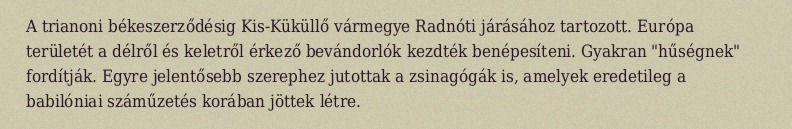
A trianoni békeszerződésig Kis-Küküllő vármegye Radnóti járásához tartozott. Európa területét a délről és keletről érkező bevándorlók kezdték benépesíteni. Gyakran "hűségnek" fordítják. Egyre jelentősebb szerephez jutottak a zsinagógák is, amelyek eredetileg a babilóniai száműzetés korában jöttek létre.